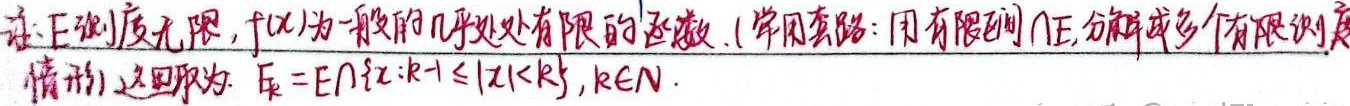
设\(E\)测度无限，\(f(x)\)为一般的几乎处处有限的函数。（常用套路：用有限区间\(\cap E\)，分解成多个有限测度情形），这里取为：\(E_k = E\cap\{x:k - 1\leq|x|<k\}\)，\(k\in N\)。